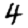
Digit: 4